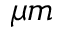
\mu m